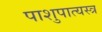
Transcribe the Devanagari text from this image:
पाशुपात्यस्त्र